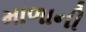
માળાની